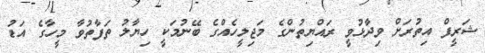
ޝަރީފް އިތުރަށް ވިދާޅުވީ ރައްޔިތުންގެ މަޖިލީހެއްގެ ބޭނުމަކީ ހިޔާލު ތަފާތުވާ މީހާގެ އަޑު